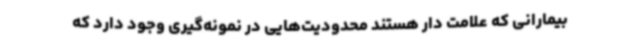
بیمارانی که علامت دار هستند محدودیت‌هایی در نمونه‌گیری وجود دارد که